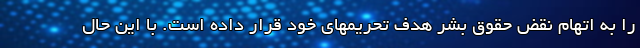
را به اتهام نقض حقوق بشر هدف تحریمهای خود قرار داده است. با این حال